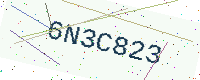
Text: 6N3C823